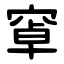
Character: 窧